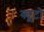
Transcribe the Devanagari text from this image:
क्यूटो